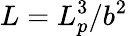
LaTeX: L=L_{p}^{3}/b^{2}